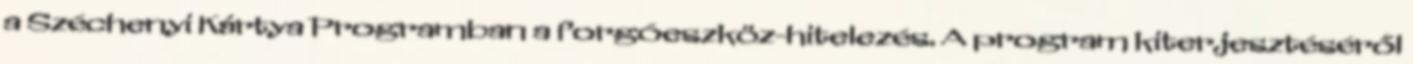
a Széchenyi Kártya Programban a forgóeszköz-hitelezés. A program kiterjesztéséről